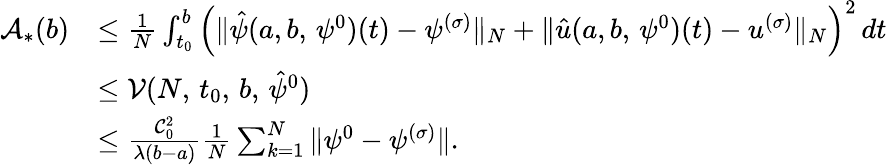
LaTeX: \begin{array}{rl}{\mathcal A_{\ast}(b)}&{\leq{\frac{1}{N}\int_{t_{0}}^{b}\left(\| \hat{\psi}(a,b,\, \psi^{0})(t)-\psi^{(\sigma)}\| _{N}+\| \hat{u}(a,b,\, \psi^{0})(t)-u^{(\sigma)}\| _{N}\right)^{2}\, dt}}\\ &{\leq\mathcal V(N,\, t_{0},\, b,\, \hat{\psi}^{0})}\\ &{\leq\frac{\mathcal C_{0}^{2}}{{\lambda(b-a)}}\frac{1}{N}\sum_{k=1}^{N}\| \psi^{0}-\psi^{(\sigma)}\| .}\end{array}